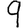
Digit: 9